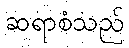
ဆရာစံသည်